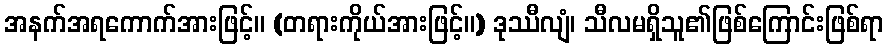
အနက်အရကောက်အားဖြင့်။ (တရားကိုယ်အားဖြင့်။) ဒုဿီလျံ၊ သီလမရှိသူ၏ဖြစ်ကြောင်းဖြစ်ရာ